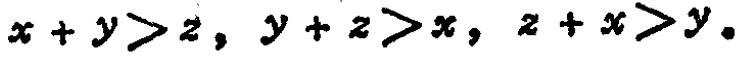
\(x + y>z,\ y + z>x,\ z + x>y。\)